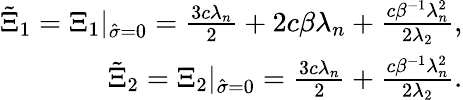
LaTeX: \begin{array}{r}{\tilde{\Xi}_{1}=\Xi_{1}|_{\hat{\sigma}=0}=\frac{3c\lambda_{n}}{2}+{2c\beta\lambda_{n}}+\frac{c\beta^{-1}\lambda_{n}^{2}}{2\lambda_{2}},}\\ {\tilde{\Xi}_{2}=\Xi_{2}|_{\hat{\sigma}=0}=\frac{3c\lambda_{n}}{2}+\frac{c\beta^{-1}\lambda_{n}^{2}}{2\lambda_{2}}.}\end{array}